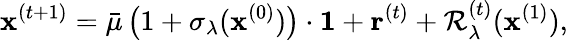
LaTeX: \mathbf{x}^{(t+1)}=\bar{\mu}\, \big(1+\sigma_{\lambda}(\mathbf{x}^{(0)})\big)\cdot\mathbf{1}+\mathbf{r}^{(t)}+\mathcal{R}_{\lambda}^{(t)}(\mathbf{x}^{(1)}),